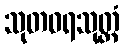
သုတဓရသုတ္တံ